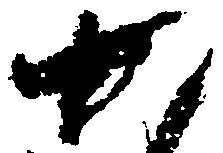
か